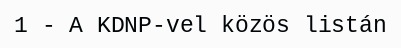
1 - A KDNP-vel közös listán